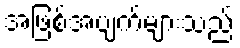
အဖြစ်အပျက်များသည်